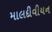
માલદીવીયન